Indian journal of veterinary science and animal husbandry - Volume 12,
Year: 1942
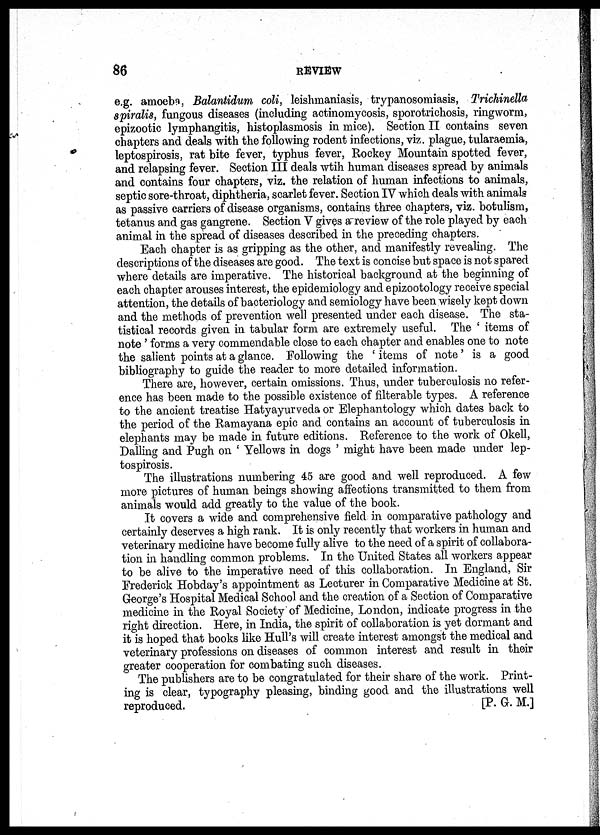
86
REVIEW
e.g. amoeba, Balantidum coli, leishmaniasis, trypanosomiasis, Trichinella
spiralis, fungous diseases (including actinomycosis, sporotrichosis, ringworm,
epizootic lymphangitis, histoplasmosis in mice). Section II contains seven
chapters and deals with the following rodent infections, viz. plague, tularaemia,
leptospirosis, rat bite fever, typhus fever, Rockey Mountain spotted fever,
and relapsing fever. Section III deals wtih human diseases spread by animals
and contains four chapters, viz. the relation of human infections to animals,
septic sore-throat, diphtheria, scarlet fever. Section IV which deals with animals
as passive carriers of disease organisms, contains three chapters, viz. botulism,
tetanus and gas gangrene. Section V gives a review of the role played by each
animal in the spread of diseases described in the preceding chapters.
Each chapter is as gripping as the other, and manifestly revealing. The
descriptions of the diseases are good. The text is concise but space is not spared
where details are imperative. The historical background at the beginning of
each chapter arouses interest, the epidemiology and epizootology receive special
attention, the details of bacteriology and semiology have been wisely kept down
and the methods of prevention well presented under each disease. The sta-
tistical records given in tabular form are extremely useful. The ' items of
note' forms a very commendable close to each chapter and enables one to note
the salient points at a glance. Following the ' items of note' is a good
bibliography to guide the reader to more detailed information.
There are, however, certain omissions. Thus, under tuberculosis no refer-
ence has been made to the possible existence of filterable types. A reference
to the ancient treatise Hatyayurveda or Elephantology which dates back to
the period of the Ramayana epic and contains an account of tuberculosis in
elephants may be made in future editions. Reference to the work of Okell,
Dalling and Pugh on ' Yellows in dogs ' might have been made under lep-
tospirosis.
The illustrations numbering 45 are good and well reproduced. A few
more pictures of human beings showing affections transmitted to them from
animals would add greatly to the value of the book.
It covers a wide and comprehensive field in comparative pathology and
certainly deserves a high rank. It is only recently that workers in human and
veterinary medicine have become fully alive to the need of a spirit of collabora-
tion in handling common problems. In the United States all workers appear
to be alive to the imperative need of this collaboration. In England, Sir
Frederick Hobday's appointment as Lecturer in Comparative Medicine at St.
George's Hospital Medical School and the creation of a Section of Comparative
medicine in the Royal Society of Medicine, London, indicate progress in the
right direction. Here, in India, the spirit of collaboration is yet dormant and
it is hoped that books like Hull's will create interest amongst the medical and
veterinary professions on diseases of common interest and result in their
greater cooperation for combating such diseases.
The publishers are to be congratulated for their share of the work. Print-
ing is clear, typography pleasing, binding good and the illustrations well
reproduced.
[P. G. M.]